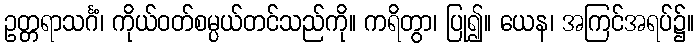
ဥတ္တရာသင်္ဂံ၊ ကိုယ်ဝတ်စမ္ပယ်တင်သည်ကို။ ကရိတွာ၊ ပြု၍။ ယေန၊ အကြင်အရပ်၌။